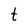
Character: t